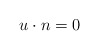
\begin{align*} u\cdot n = 0 \end{align*}